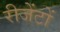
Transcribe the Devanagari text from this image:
रीजेंटों